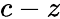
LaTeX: c-z